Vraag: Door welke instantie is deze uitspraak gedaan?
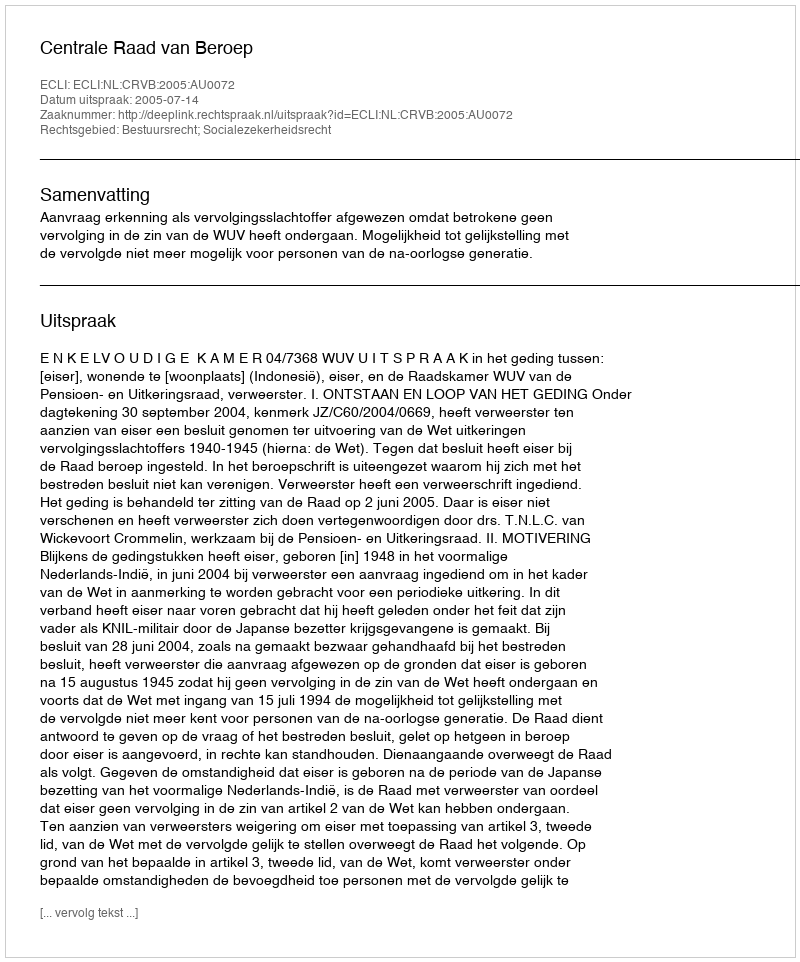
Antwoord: Centrale Raad van Beroep